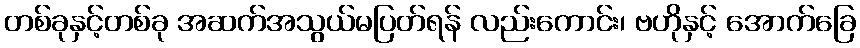
တစ်ခုနှင့်တစ်ခု အဆက်အသွယ်မပြတ်ရန် လည်းကောင်း၊ ဗဟိုနှင့် အောက်ခြေ